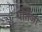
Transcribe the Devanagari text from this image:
पोतैंज़ा